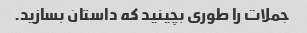
جملات را طوری بچینید که داستان بسازید.